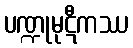
ပဏ္ဍုမုဋီကဿ